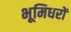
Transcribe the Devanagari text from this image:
भूमिधरों